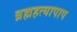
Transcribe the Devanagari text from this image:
ब्रह्महत्यापाप